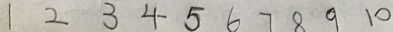
1 2 3 4 5 6 7 8 9 1 0